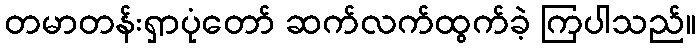
တမာတန်းရှာပုံတော် ဆက်လက်ထွက်ခဲ့ ကြပါသည်။